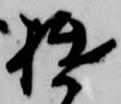
拙